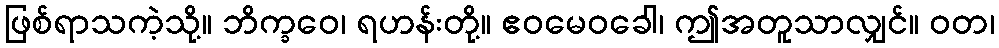
ဖြစ်ရာသကဲ့သို့။ ဘိက္ခဝေ၊ ရဟန်းတို့။ ဧဝမေဝခေါ၊ ဤအတူသာလျှင်။ ဝတ၊